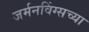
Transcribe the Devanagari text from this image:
जर्मनविंग्सच्या